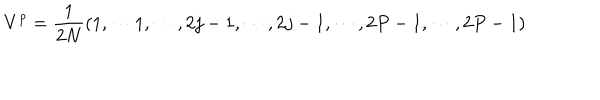
V ^ { p } = { \frac { 1 } { 2 N } } ( 1 , \cdots 1 , \cdots , 2 j - 1 , \cdots , 2 j - 1 , \cdots , 2 P - 1 , \cdots , 2 P - 1 )